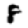
Digit: 8